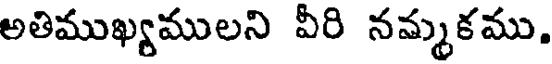
అతిముఖ్యములని వీరి నమ్మకము.